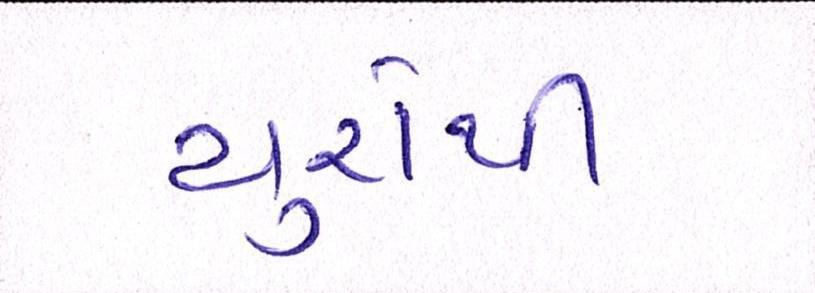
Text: યુરોથી